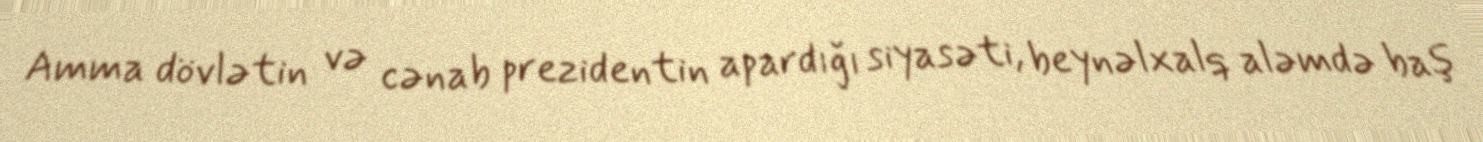
Amma dövlətin və cənab prezidentin apardığı siyasəti, beynəlxalq aləmdə baş